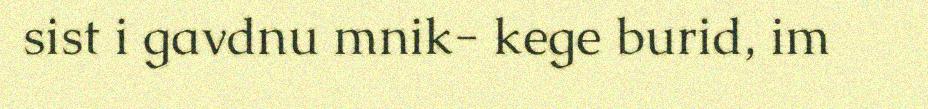
sist i gavdnu mnik- kege burid, im